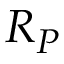
R _ { P }